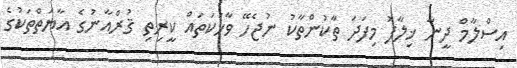
އިސްލާމް ދީނާ ޚިލާފު މިފަދަ ތާކުންތާކު ނުޖެހޭ ވާހަކަތައް ކީރިތި ޤުރްއާނުގެ އާޔަތްތަކުގެ